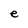
Character: e